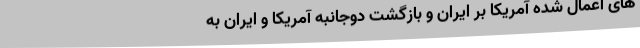
های اعمال شده آمریکا بر ایران و بازگشت دوجانبه آمریکا و ایران به